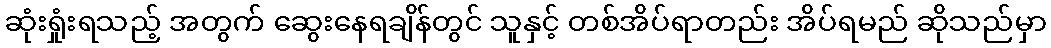
ဆုံးရှုံးရသည့် အတွက် ဆွေးနေရချိန်တွင် သူနှင့် တစ်အိပ်ရာတည်း အိပ်ရမည် ဆိုသည်မှာ